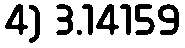
4) 3.14159